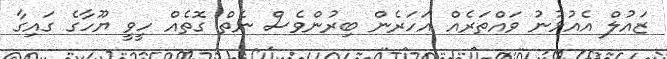
ޒައުލް އެއުޅުނު ވައްތަރެއް އަހަރެން ބިރުންވެސް ނެތް ގޮތެއް ހީވީ ޔޫހާގެ ގައިގާ